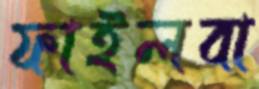
ফাইলবা